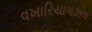
વખારિયાગઝલ